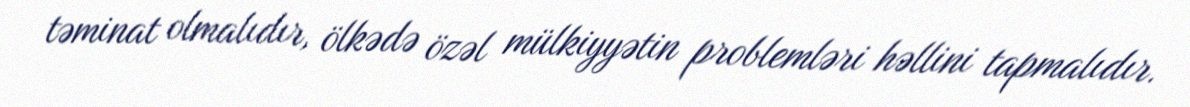
təminat olmalıdır, ölkədə özəl mülkiyyətin problemləri həllini tapmalıdır.